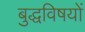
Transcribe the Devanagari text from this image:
बुद्धविषयों